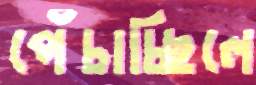
পেঁচাচ্ছিলে